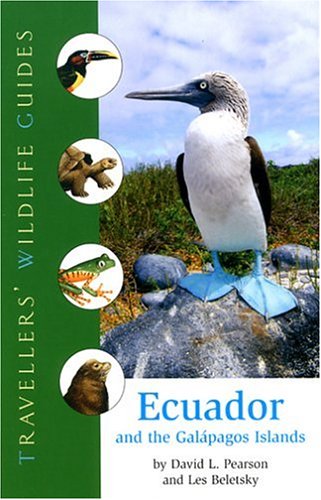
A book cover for Travellers' Wildlife Guides Ecuador and the Galapagos Islands; David L. Pearson; Travel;